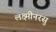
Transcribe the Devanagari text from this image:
लक्ष्मीनरसु